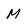
Character: M